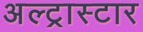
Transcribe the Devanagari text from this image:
अल्ट्रास्टार